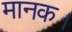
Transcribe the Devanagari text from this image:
मानक।